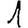
Digit: 1